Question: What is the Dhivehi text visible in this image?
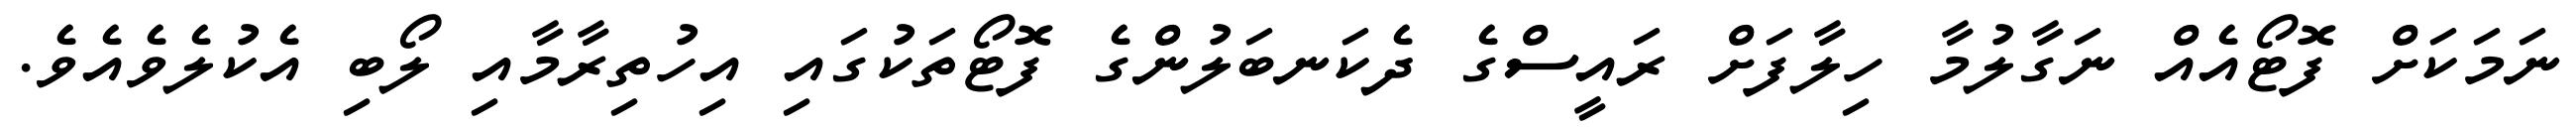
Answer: ނަމަކަށް ފޮޓޯއެއް ނަގާލުމާ ހިލާފަށް ރައީސްގެ ދެކަނބަލުންގެ ފޮޓޯތަކުގައި އިހުތިރާމާއި ލޯބި އެކުލެވެއެވެ.